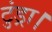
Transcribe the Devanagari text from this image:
टुंड्रा।